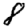
Digit: 8